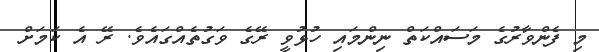
މި ފެންވާރުގެ މަސައްކަތް ނިންމައި ހުޅުވީ ރޭގެ ވަގުތެއްގައެވެ. ރޭ އެ ކަމަށް